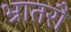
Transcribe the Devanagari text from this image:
भ्रातरौ